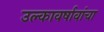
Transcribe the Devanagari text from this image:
उल्कावर्षावांचा